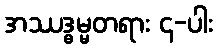
အဿဒ္ဓမ္မတရား ၄-ပါး